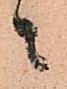
ニ